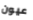
عيون